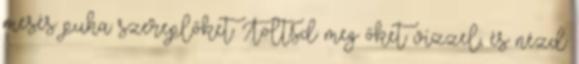
mesés puha szereplőket. Töltsd meg őket vízzel, és nézd